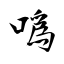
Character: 噅